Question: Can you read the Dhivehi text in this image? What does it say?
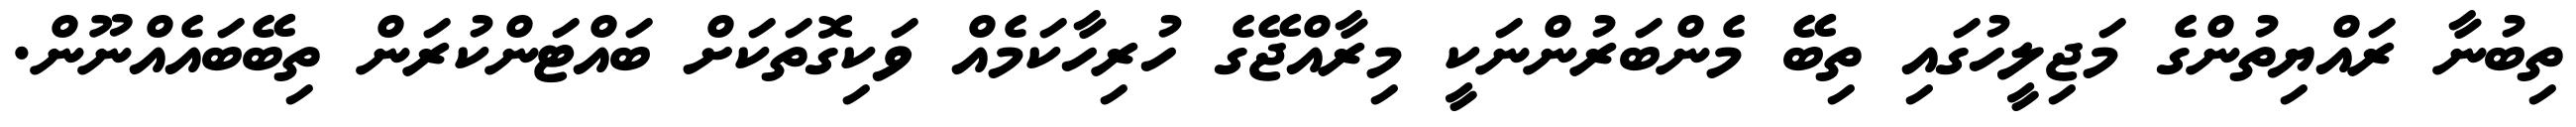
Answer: ތިބުނާ ރައްޔިތުންގެ މަޖިލީހުގައި ތިބޭ މެންބަރުންނަކީ މިރާއްޖޭގެ ހުރިހާކަމެއް ވަކިގޮތަކަށް ބައްޓަންކުރަން ތިބޭބައެއްނޫން.